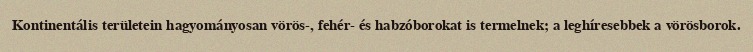
Kontinentális területein hagyományosan vörös-, fehér- és habzóborokat is termelnek; a leghíresebbek a vörösborok.